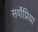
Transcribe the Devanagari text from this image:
सर्वोप्रिया